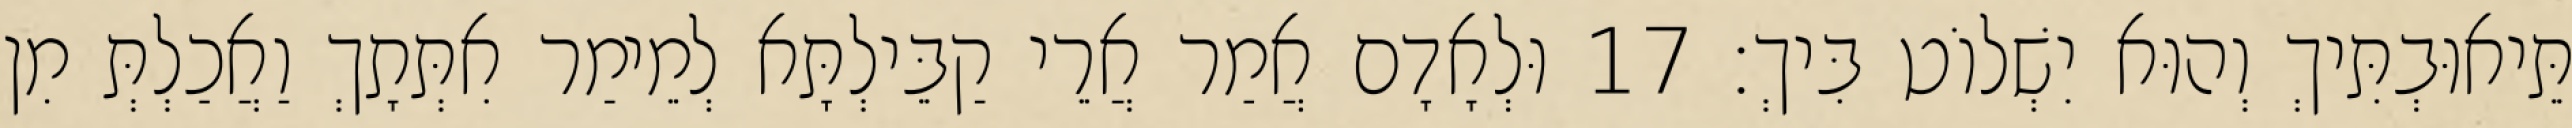
תֵּיאוּבְתִּיךְ וְהוּא יִשְׁלוֹט בִּיךְ׃ 17 וּלְאָדָם אֲמַר אֲרֵי קַבֵּילְתָּא לְמֵימַר אִתְּתָךְ וַאֲכַלְתְּ מִן